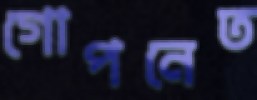
গোপনেত